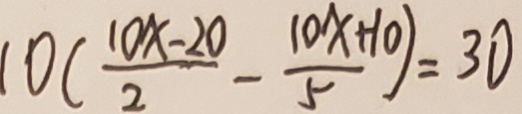
1 0 ( \frac { 1 0 x - 2 0 } { 2 } - \frac { 1 0 x + 1 0 } { 5 } ) = 3 0